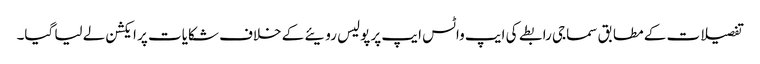
تفصیلات کے مطابق سماجی رابطے کی ایپ واٹس ایپ پر پولیس رویئے کے خلاف شکایات پر ایکشن لے لیا گیا۔